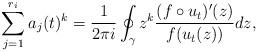
LaTeX: \begin{align*} \sum_{j=1}^{r_i} a_j(t)^k = \frac{1}{2\pi i}\oint_{\gamma} z^k\frac{(f\circ u_t)'(z)}{f(u_t(z))} dz,\end{align*}